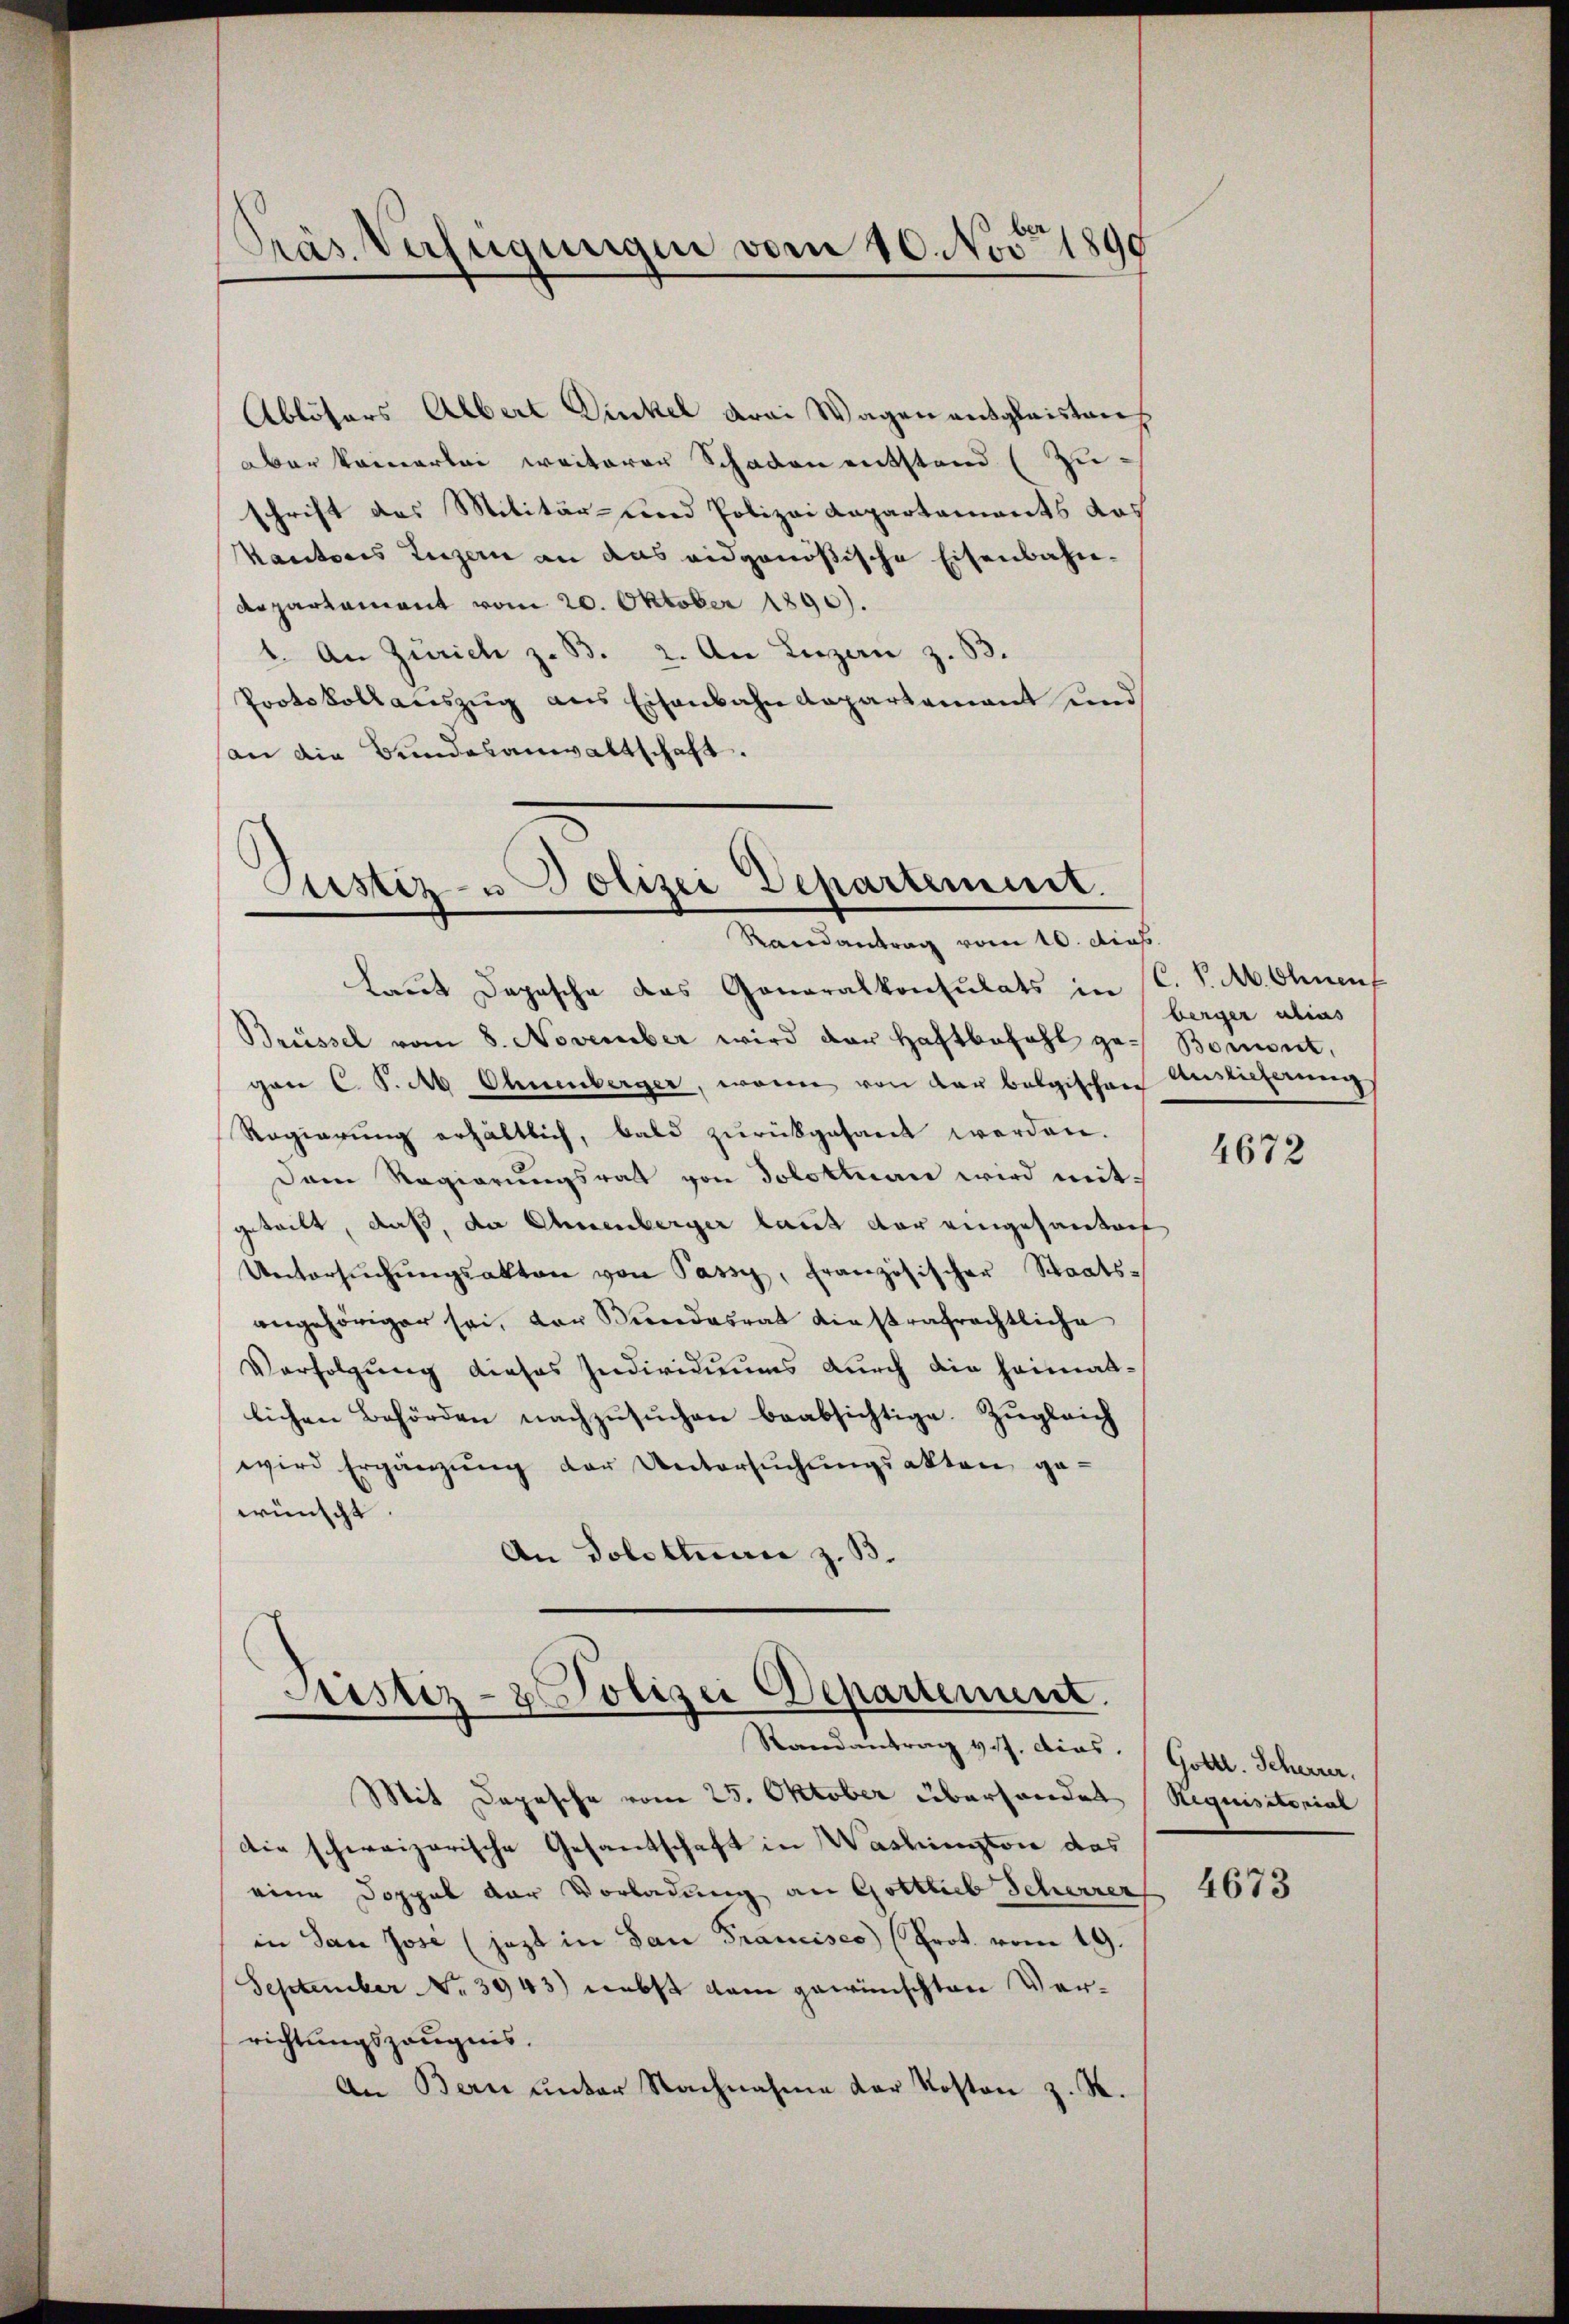
Präs. Verfügungen vom 10. Nov. 1899

Ablösers Albert Dinkel drei Wagen ausgleistanz
aber keinerlei weiterer Schaden entstand (Zuschrift des Militär- und Polizei Repartements das
Kantons Luzern an das eidgenößische Eisenbahndepartement vom 20. Oktober 1890).
1. An Zürich z. B. 2. An Luzern z. B.
Protokollaŭszŭg ans Eisenbahndepartement und
an die Bundesanwaltschaft.

Justiz- u Polizei Departement.
Randantrag vom 10. dies

Justiz- & Polizei Departement.
Randantrag v. J. ders. Gottl. Scherrer,
Mit Depesche vom 25. Oktober überhandet (Requisitorial

die schweizerische Gesandschaft in Washington das
eine Doppel der Vorladung an Gottlieb Scherrer
in San Jose (jezt in San Francisco (Prot. vom 19.
September No 3943) nebst kam gewünschten Verrichtungszeugnis.
An Bern unter Nachnahme der Kosten z. R.

laut Depesche das Generalkonsulats in (C. P. M. Ohnen
Brüssel vom 8. November wird der Haftbefahl ge- Bomont,
gan C. P. M. Ohnenberger, wenn von der belgischen Auslieferung
Regierung erhältlich, bald zurückgesant werden.
Dam Regierŭngsrath von Solottan wird mitgeteilt, daß, da Ehrenberger laut der eingesanten
Untersŭchŭngsakten von Passi, französischer Staats-
angehöriger sei, der Bundesrat diestrafrechtliche
Verfolgung dieses Individuums durch die Heimatlichen Behörden nachzusuchen beabsichtige. Zugleich
wird Ergänzung der Untersuchungsakten ge-
wünscht.
An Solothur z. B.

berger alias

4672

4673